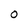
Character: O